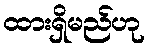
ထားရှိမည်ဟု